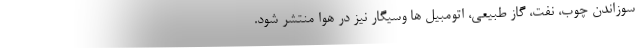
سوزاندن چوب، نفت، گاز طبیعی، اتومبیل ها وسیگار نیز در هوا منتشر شود.